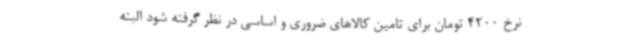
نرخ 4200 تومان برای تامین کالاهای ضروری و اساسی در نظر گرفته شود البته